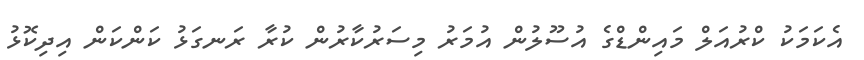
އެކަމަކު ކްރުއަލް މައިންޑްގެ އުސޫލުން އުމަރު މިސަރުކާރުން ކުރާ ރަނގަޅު ކަންކަން އިދިކޮޅު